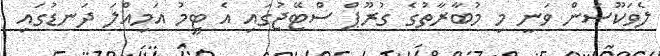
ލެވަކޫސަން ވަނީ މި މުބާރާތުގެ ގުރޫޕް ސްޓޭޖުގައި އެ ޓީމު އަމިއްލަ ދަނޑުގައި